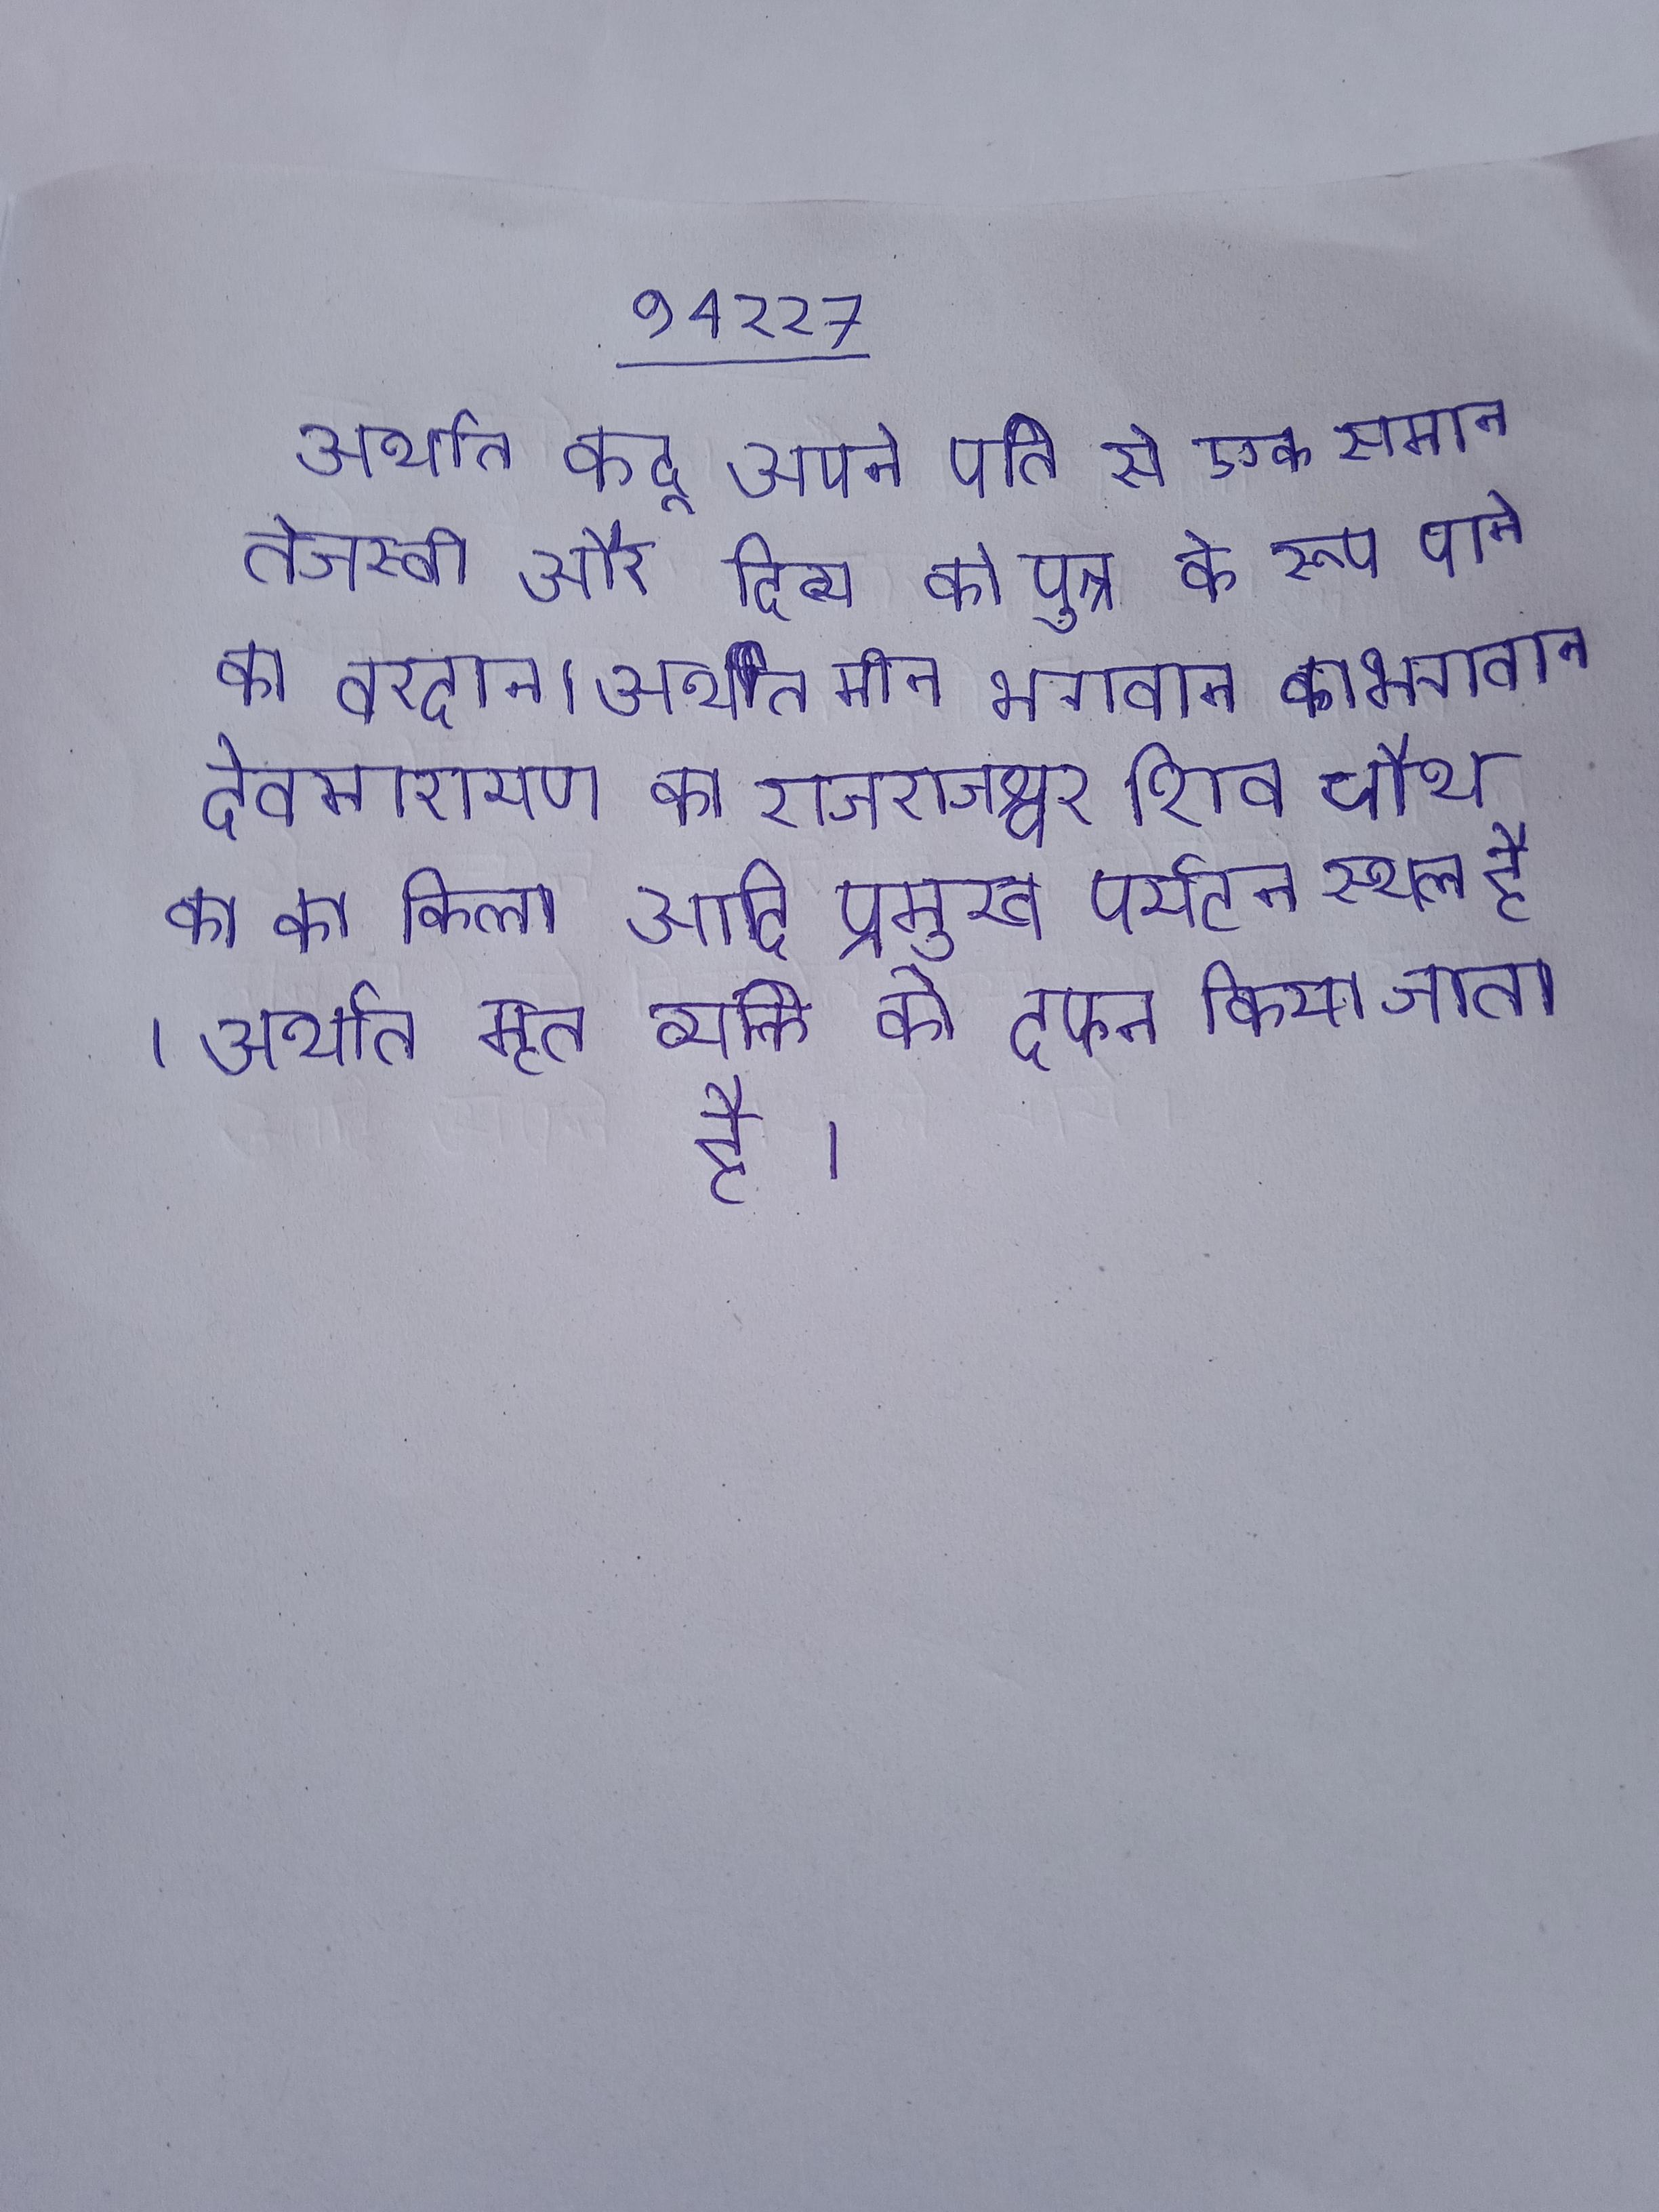
अर्थात कद्रू अपने पति से एक समान तेजस्वी और दिव्य को पुत्र के रूप पाने का वरदान । अर्थात मीन भगवान का भगवान देवनारायण का राजराजेश्वर शिव चौथ का का किला आदि प्रमुख पर्यटन स्थल है । अर्थात मृत व्यक्ति को दफन किया जाता है ।